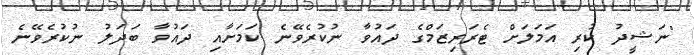
"ނަޝީދު ކުރި އަމަލަށް ޓެރަރިޒަމްގެ ދައުވާ ނުކުރެވޭނެ ކަމަށާއި ދައުވާ ބަދަލު ނުކުރެވޭނެ